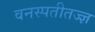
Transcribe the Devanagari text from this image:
वनस्पतीतज्‍ज्ञ